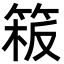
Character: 𥯈